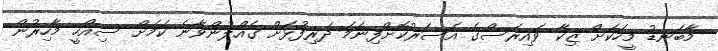
މާބަނޑު މީހަކަށް ޒިކާ ވައިރަސްގެ އަސަރުކޮށްފިނަމަ ދަރިފުޅަށް ގެއްލުންވާނެ ކަމަށް ސިއްހީ މާހިރުން